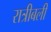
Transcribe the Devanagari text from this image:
रात्रीबली